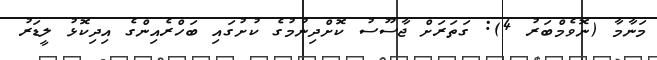
މަނާމާ (ނޮވެމްބަރު 4): ގަތަރަށް ޖާސޫސު ކޮށްދިނުމުގެ ކުށުގައި ބަހްރެއިންގެ އިދިކޮޅު ލީޑަރު